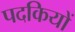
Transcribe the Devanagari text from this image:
पदकियों